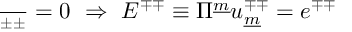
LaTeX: { \frac { \d S } { \d e ^ { \pm \pm } } } = 0 ~ \Rightarrow ~ E ^ { \mp \mp } \equiv \Pi ^ { \underline { { { m } } } } u _ { \underline { { { m } } } } ^ { \mp \mp } = e ^ { \mp \mp }